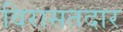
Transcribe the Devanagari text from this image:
विरासतदार